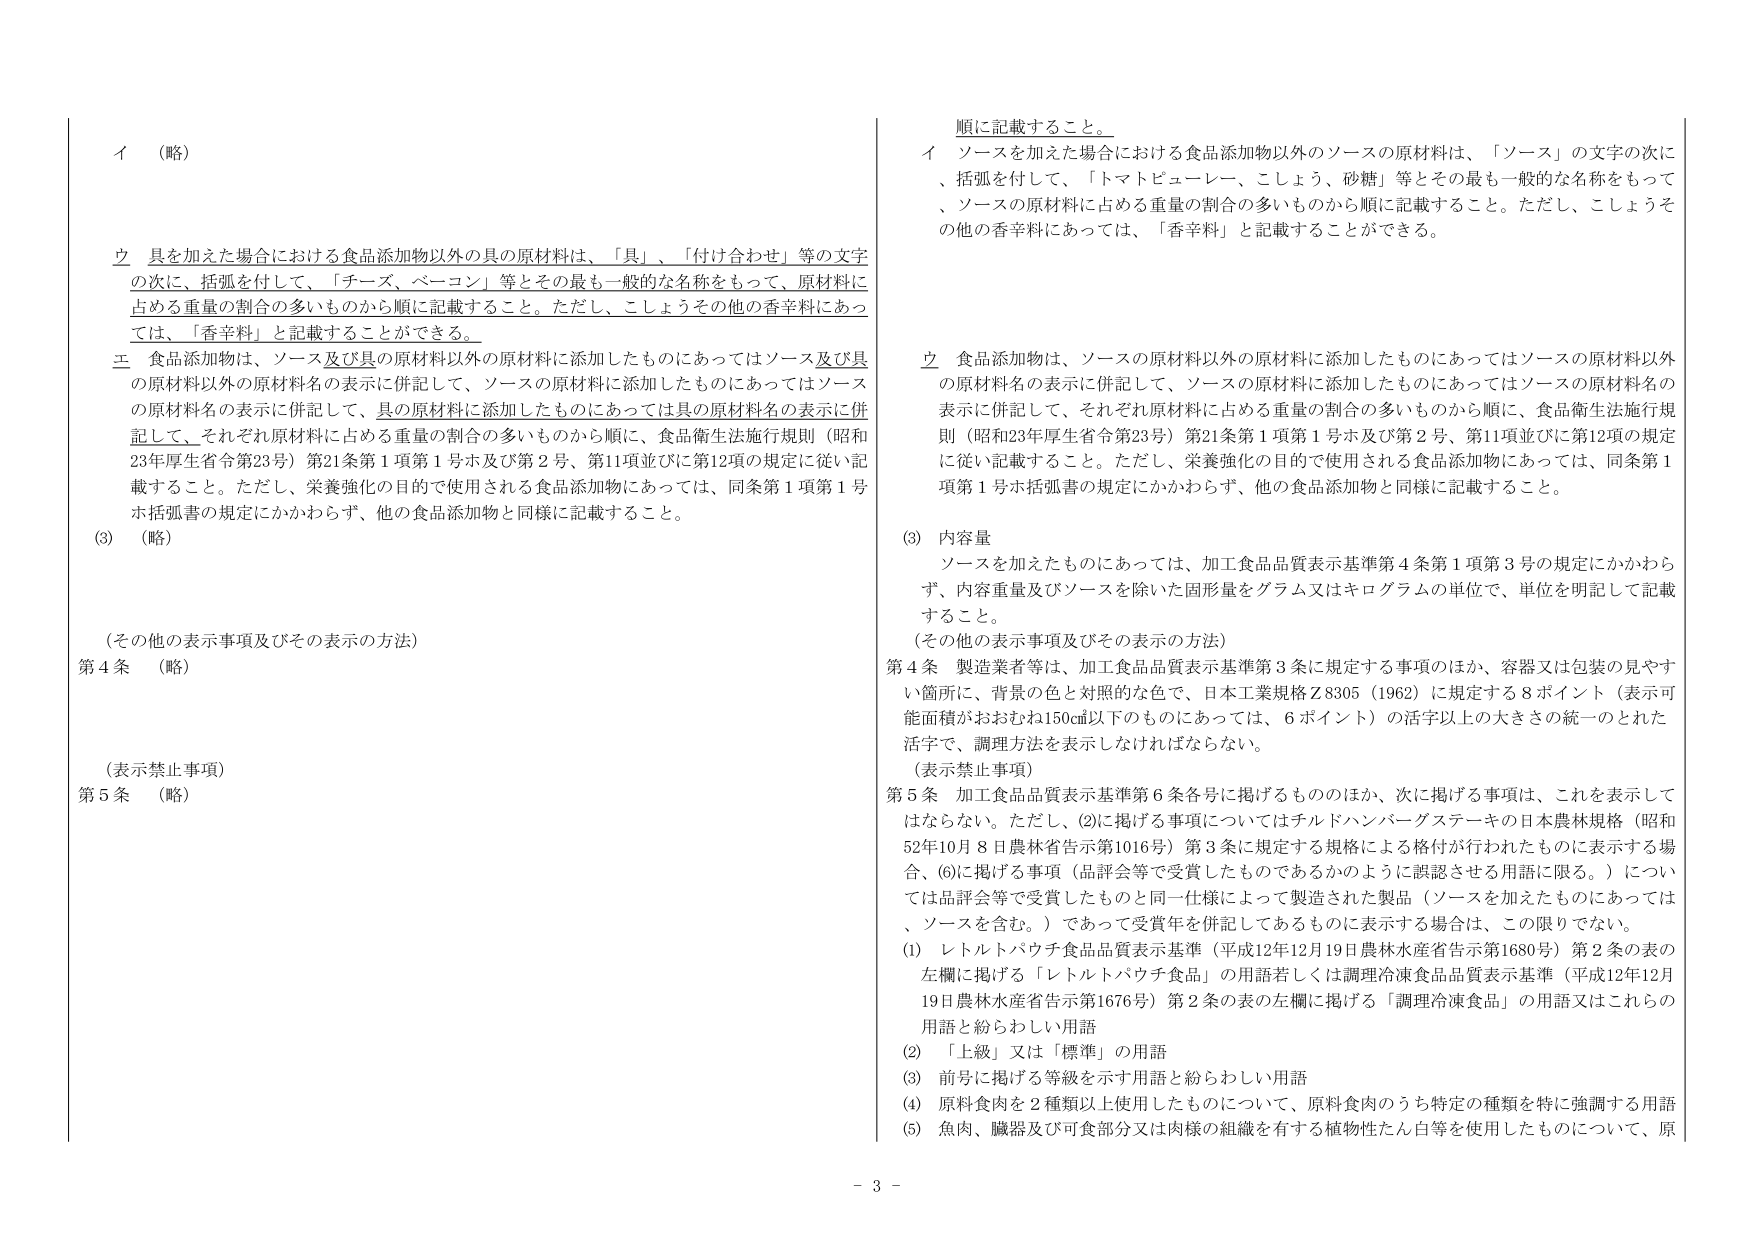
イ （略）

ウ 具を加えた場合における食品添加物以外の具の原材料は、「具」、「付け合わせ」等の文字の次に、括弧を付して、「チーズ、ベーコン」等とその最も一般的な名称をもって、原材料に占める重量の割合の多いものから順に記載すること。ただし、こしょうその他の香辛料にあっては、「香辛料」と記載することができる。

エ 食品添加物は、ソース及び具の原材料以外の原材料に添加したものにあってはソース及び具の原材料名の表示に併記して、ソースの原材料に添加したものにあってはソースの原材料名の表示に併記して、具の原材料に添加したものにあっては具の原材料名の表示に併記して、それぞれ原材料に占める重量の割合の多いものから順に、食品衛生法施行規則（昭和23年厚生省令第23号）第21条第1項第1号ホ及び第2号、第11項並びに第12項の規定に従い記載すること。ただし、栄養強化の目的で使用される食品添加物にあっては、同条第1項第1号ホ括弧書の規定にかかわらず、他の食品添加物と同様に記載すること。

(3) （略）

（その他の表示事項及びその表示の方法）

第4条 （略）

（表示禁止事項）

第5条 （略）

順に記載すること。

イ ソースを加えた場合における食品添加物以外のソースの原材料は、「ソース」の文字の次に、括弧を付して、「トマトピューレー、こしょう、砂糖」等とその最も一般的な名称をもって、ソースの原材料に占める重量の割合の多いものから順に記載すること。ただし、こしょうその他の香辛料にあっては、「香辛料」と記載することができる。

ウ 食品添加物は、ソースの原材料以外の原材料に添加したものにあってはソースの原材料以外の原材料名の表示に併記して、ソースの原材料に添加したものにあってはソースの原材料名の表示に併記して、それぞれ原材料に占める重量の割合の多いものから順に、食品衛生法施行規則（昭和23年厚生省令第23号）第21条第1項第1号ホ及び第2号、第11項並びに第12項の規定に従い記載すること。ただし、栄養強化の目的で使用される食品添加物にあっては、同条第1項第1号ホ括弧書の規定にかかわらず、他の食品添加物と同様に記載すること。

(3) 内容量

ソースを加えたものにあっては、加工食品品質表示基準第4条第1項第3号の規定にかかわらず、内容重量及びソースを除いた固形量をグラム又はキログラムの単位で、単位を明記して記載すること。

（その他の表示事項及びその表示の方法）

第4条 製造業者等は、加工食品品質表示基準第3条に規定する事項のほか、容器又は包装の見やすい箇所に、背景の色と対照的な色で、日本工業規格Z8305（1962）に規定する8ポイント（表示可能面積がおおむね150cm²以下のものにあっては、6ポイント）の活字以上の大さきの統一のとれた活字で、調理方法を表示しなければならない。

（表示禁止事項）

第5条 加工食品品質表示基準第6条各号に掲げるもののほか、次に掲げる事項は、これを表示してはならない。ただし、(2)に掲げる事項についてはチルドハンバーグステーキの日本農林規格（昭和52年10月8日農林省告示第1016号）第3条に規定する規格による格付が行われたものに表示する場合、(6)に掲げる事項（品評会等で受賞したものであるかのように誤認させる用語に限る。）については品評会等で受賞したものと同一仕様によって製造された製品（ソースを加えたものにあっては、ソースを含む。）であって受賞年に併記してあるものに表示する場合に限る。

(1) レトルトパウチ食品品質表示基準（平成12年12月19日農林水産省告示第1680号）第2条の表の左欄に掲げる「レトルトパウチ食品」の用語若しくは調理冷凍食品品質表示基準（平成12年12月19日農林水産省告示第1676号）第2条の表の左欄に掲げる「調理冷凍食品」の用語又はこれらの用語と紛らわしい用語

(2) 「上級」又は「標準」の用語

(3) 前号に掲げる等級を示す用語と紛らわしい用語

(4) 原料食肉を2種類以上使用したものについて、原料食肉のうち特定の種類を特に強調する用語

(5) 魚肉、臓器及び可食部分又は肉様の組織を有する植物性たん白等を使用したものについて、原

- 3 -